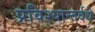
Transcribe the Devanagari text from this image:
प्रविश्यान्तर्दधे